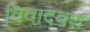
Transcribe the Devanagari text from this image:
विवादवश